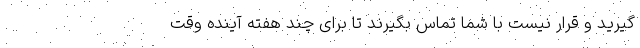
‌گیرید و قرار نیست با شما تماس بگیرند تا برای چند هفته آینده وقت